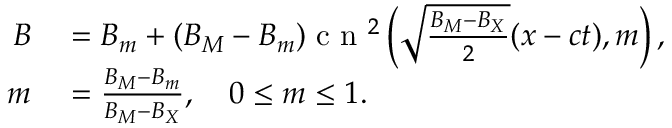
\begin{array} { r l } { B } & { { } = B _ { m } + ( B _ { M } - B _ { m } ) \mathrm { ~ c ~ n ~ } ^ { 2 } \left( \sqrt { \frac { B _ { M } - B _ { X } } { 2 } } ( x - c t ) , m \right) , } \\ { m } & { { } = \frac { B _ { M } - B _ { m } } { B _ { M } - B _ { X } } , \quad 0 \leq m \leq 1 . } \end{array}